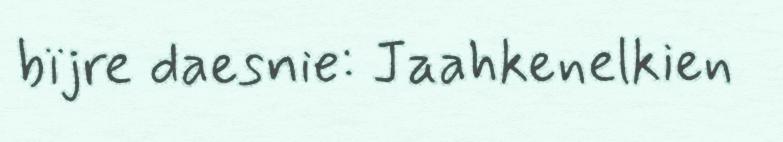
bïjre daesnie: Jaahkenelkien